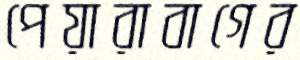
পেয়ারাবাগের